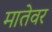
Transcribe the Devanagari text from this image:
मातेवर